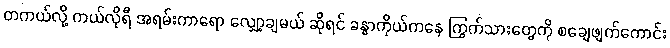
တကယ်လို့ ကယ်လိုရီ အရမ်းကာရော လျှော့ချမယ် ဆိုရင် ခန္ဓာကိုယ်ကနေ ကြွက်သားတွေကို စချေဖျက်ကောင်း